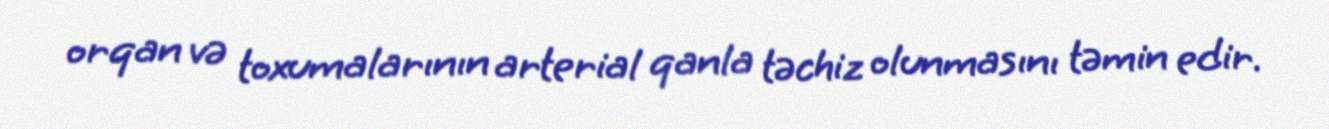
orqan və toxumalarının arterial qanla təchiz olunmasını təmin edir.